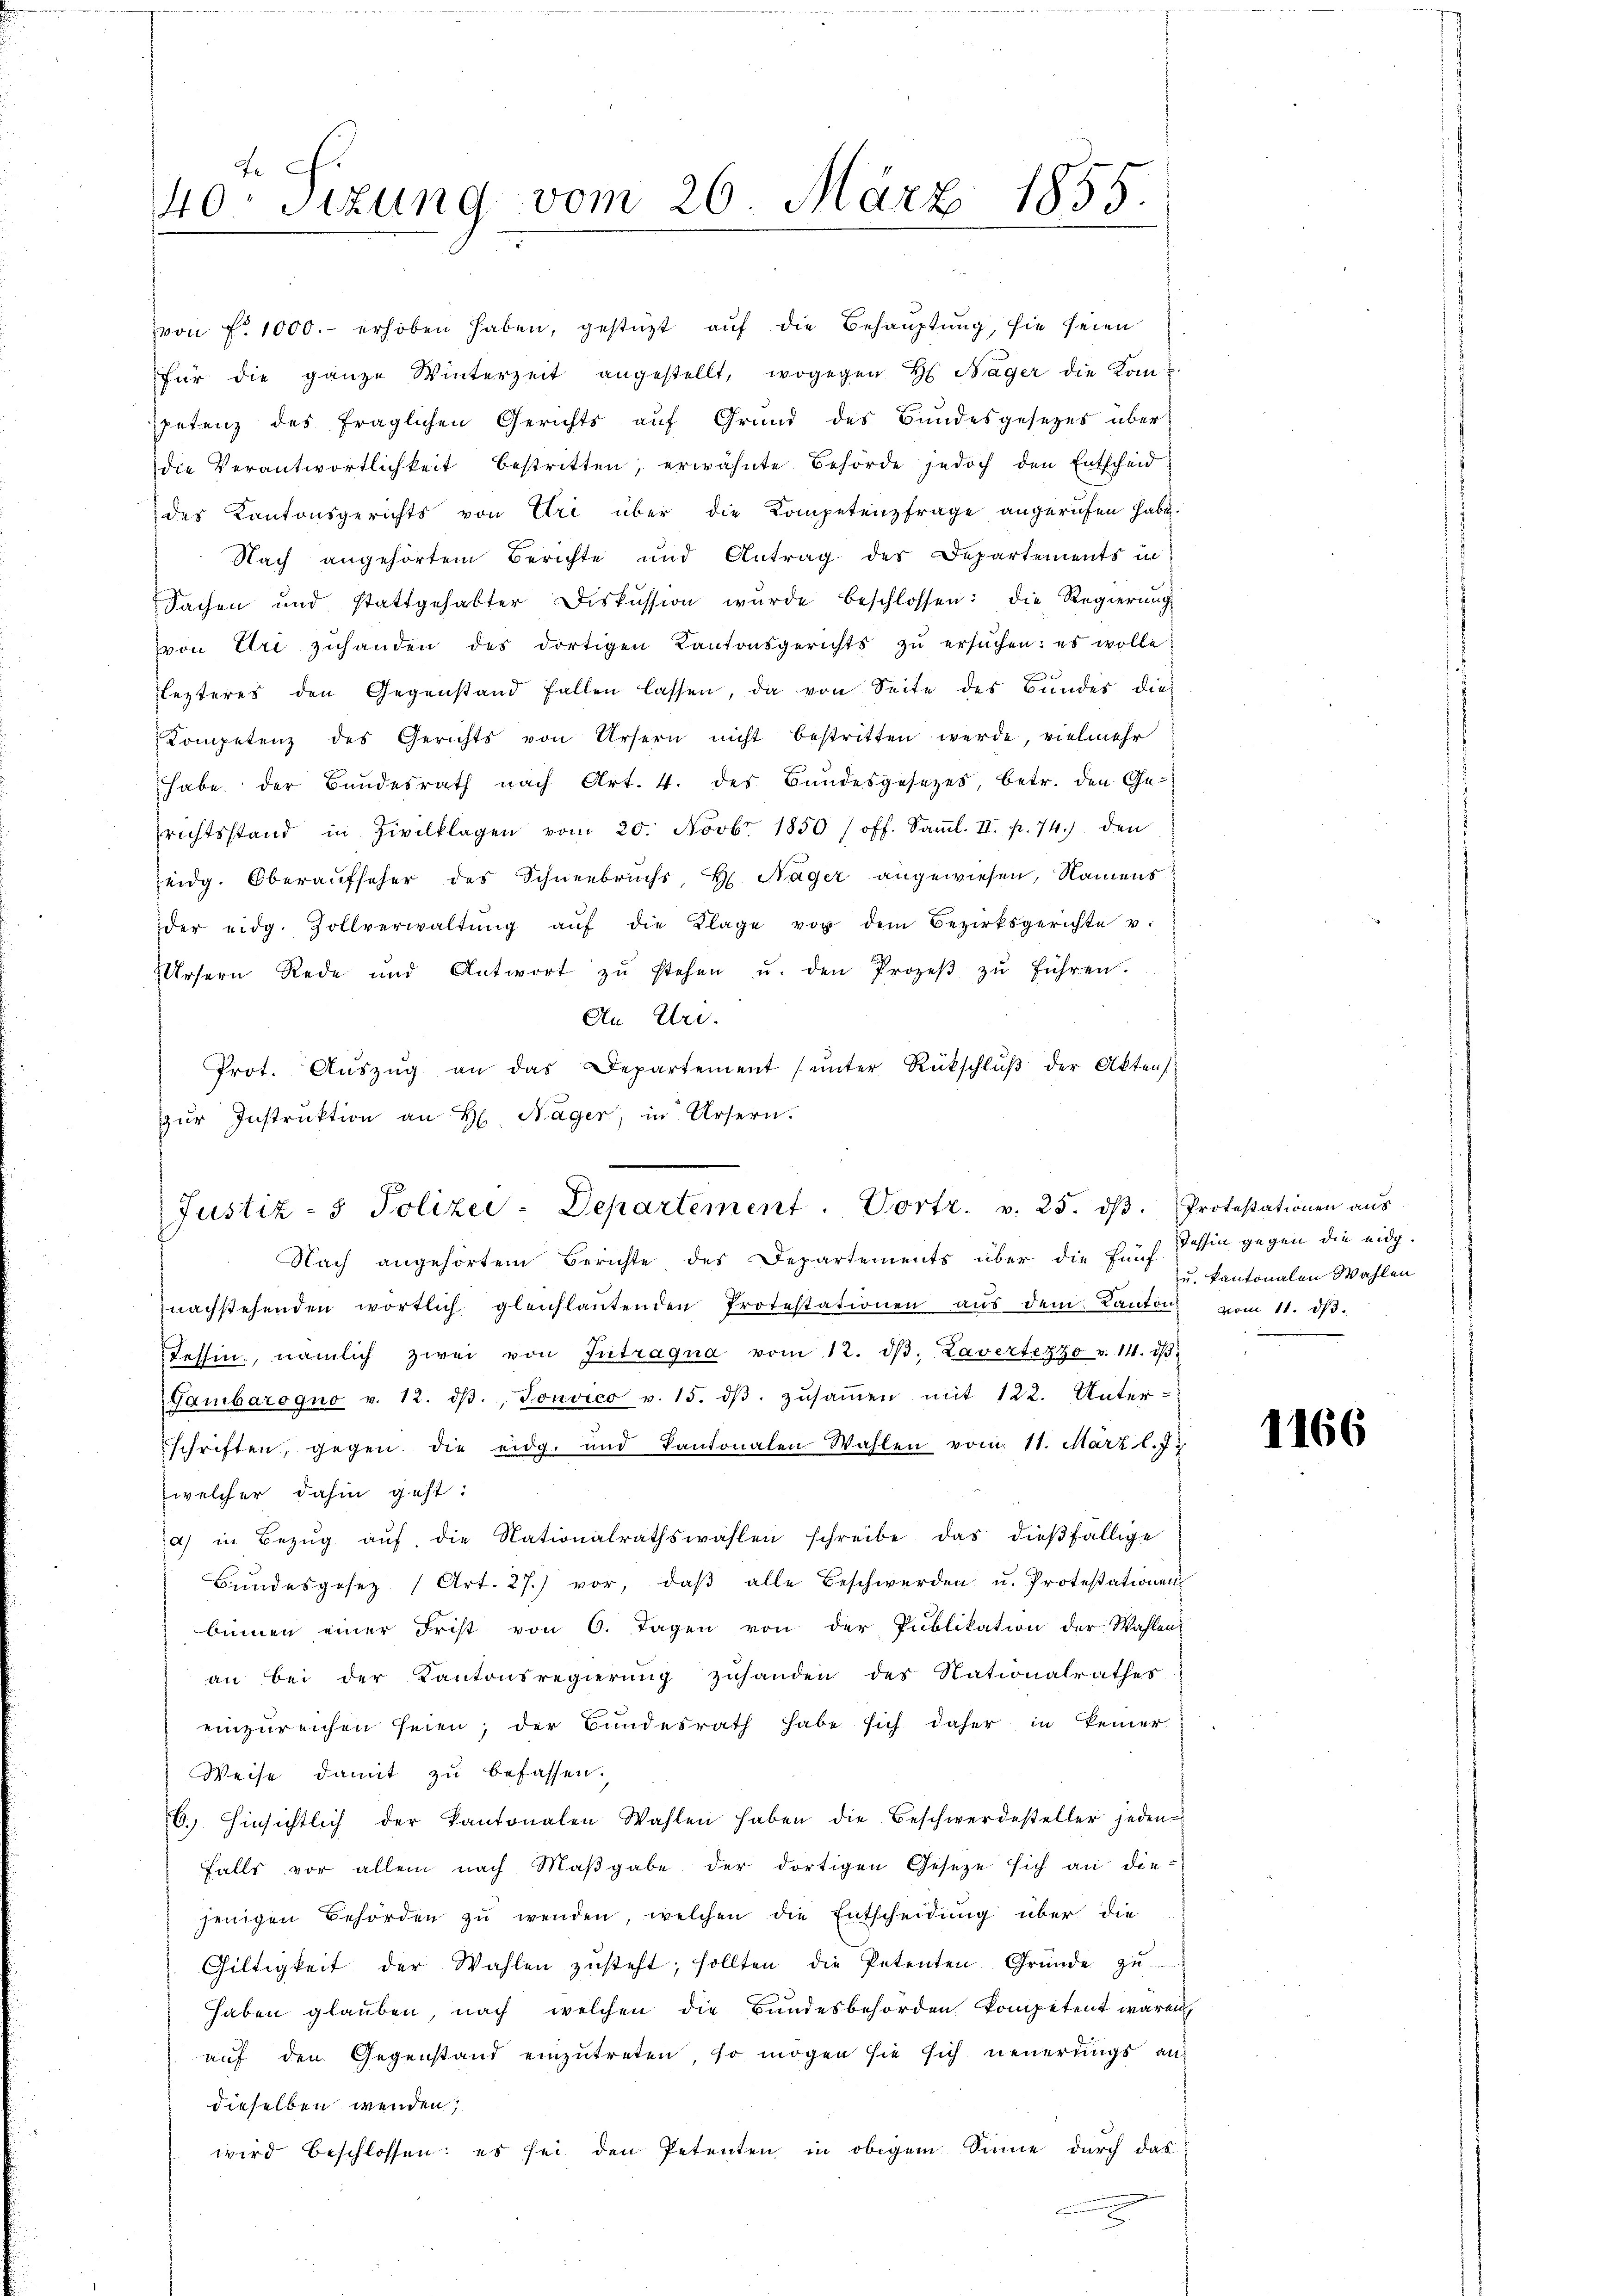
Fe
40 sizung vom 26. März 1855.
.

zur Instruktion an H. Nager, in Ursern.

von f. 1000.- erhoben haben, gestüzt auf die Behauptung, sie seien
für die ganze Winterzeit angestellt, wogegen H. Sager die Kompetenz des fraglichen Gerichts aŭf Grund des Bundesgesetzes über
die Verantwortlichkeit bestritten, erwähnte Behörde jedoch den Entscheid
des Kantonsgerichts von Uri über die Kompetenzfrage angerufen habe.
Nach angehörtem Berichte und Antrag des Departements in
Sachen und stattgehabter Diskussion wurde beschlossen: die Regierŭng
von Uri zŭhanden des dortigen Kantonsgerichts zŭ ersŭchen: es wolle:
lezteres den Gegenstand fallen lassen, da von Seite des Bundes die
Kompetenz des Gerichts von Ursern nicht bestritten werde, vielmehr
habe der Bundesrath nach Art. 4. des Bŭndesgesetzes, betr. den Ge-
richtsstand in Zivilklagen vom 20. Novbr. 1850 /off. Saṁl. II. p. 74.) den
eidg. Oberaufseher des Schneebruchs, H. Nager angewiesen, Namens
der eidg. Zollverwaltŭng aŭf die Klage vor dem Bezirksgerichte u.
Ursern Rede und Antwort zŭ stehen u. den Prozeβ zŭ führen.
An Uri.
Prot. Aŭszŭg an das Departement ŭnter Rückschlŭβ der Aktens

Justiz- & Polizei-Departement. Vortr. v. 25. dβ.
Nach angehörtem Berichte des Departements über die fünf Tessin gegen die eidg.

nachstehenden wortlich gleichlaŭtenden Protestationen aŭs dem Kanton vom 11. dβ.
Tessin, nämlich zwei von Intragua vom 12. dβ. Lavertezzo v. 14. dβ.
Gambarogno v. 12. dβ. Touvico v. 15. dβ zŭsaṁen mit 122. Unter-
schriften, gegen die eidg. und kantonalen Wahlen vom 11. März l. J.
welcher dahin geht:
a) in Bezŭg aŭf die Nationalrathswahlen schreibe das dieβfällige
Bŭndesgesez (Art. 27.) vor, daβ alle Beschwerden u. Protestationen
binnen einer Frist von 6. Tagen von der Publikation der Wahlen
an bei der Kantonsregierung zuhanden des Nationalrathes
einzŭreichen seien; der Bundesrath habe sich daher in keiner
Weise damit zu befassen.
6. Einsichtlich der Kantonalen Wahlen haben die Beschwerdesteller jeden
falls vor allem nach Maβgabe der dortigen Geseze sich an die-
jenigen Behörden zŭ wenden, welchen die Entscheidung über die
Giltigkeit der Wahlen zŭsteht; sollten die Petenten Gründe zŭ
haben glauben, nach welchen die Bundesbehörden kompetent wären
auf den Gegenstand einzutreten, so mögen sie sich neuerungs an
dieselben wenden,
wird beschlossen: es sei den Petenten in obigem Sinne durch das
B

Protestationen aus
u. kantonalen Wahlen

1166